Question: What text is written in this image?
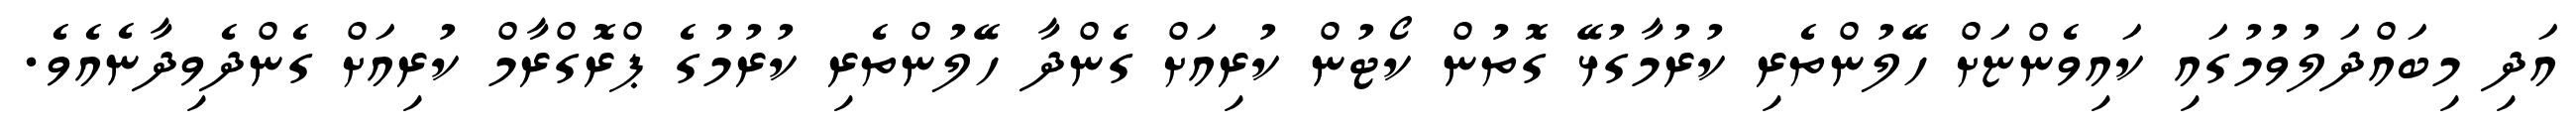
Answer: އަދި މިބައްދަލުވުމުގައި ކައިވެންޏަށް ހޭލުންތެރި ކުރުމާގުޅޭ ގޮތުން ކޯޓުން ކުރިއަށް ގެންދާ ހޭލުންތެރި ކުރުމުގެ ޕްރޮގްރާމް ކުރިއަށް ގެންދެވިދާނެއެވެ.